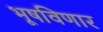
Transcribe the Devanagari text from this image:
भूषविणार